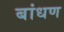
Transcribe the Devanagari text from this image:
बांधण